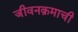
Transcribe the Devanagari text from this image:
जीवनक्रमाची